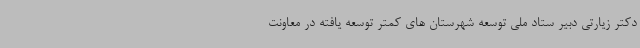
دکتر زیارتی دبیر ستاد ملی توسعه شهرستان های کمتر توسعه یافته در معاونت